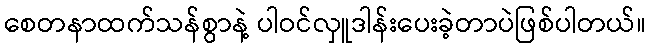
စေတနာထက်သန်စွာနဲ့ ပါဝင်လှူဒါန်းပေးခဲ့တာပဲဖြစ်ပါတယ်။